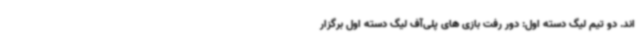
اند. دو تیم لیگ دسته اول: دور رفت بازی های پلی‌آف لیگ دسته اول برگزار